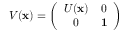
V ( { \bf x } ) = \left( \begin{array} { c c } { { U ( { \bf x } ) } } & { { 0 } } \\ { { 0 } } & { { { \bf 1 } } } \end{array} \right)